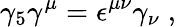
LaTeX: \gamma_{5}\gamma^{\mu}=\epsilon^{\mu\nu}\gamma_{\nu}\; ,